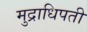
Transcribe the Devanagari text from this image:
मुद्राधिपती